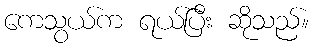
ကေသွယ်က ရယ်ပြီး ဆိုသည်။